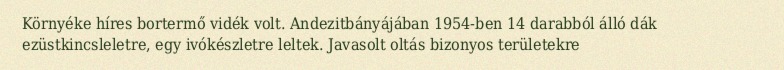
Környéke híres bortermő vidék volt. Andezitbányájában 1954-ben 14 darabból álló dák ezüstkincsleletre, egy ivókészletre leltek. Javasolt oltás bizonyos területekre